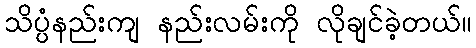
သိပ္ပံနည်းကျ နည်းလမ်းကို လိုချင်ခဲ့တယ်။